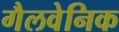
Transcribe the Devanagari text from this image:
गैलवेनिक